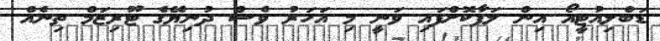
ޑަބްލިއުޓީއޯ އިން ލަފާކޮށްފައި ވަނީ މި އަހަރު ވެސް ދުނިޔޭގެ ޓޫރިޒަމް ތިނެއް